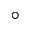
^ \circ